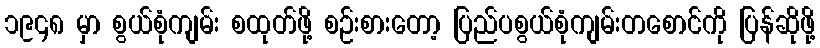
၁၉၄၈ မှာ စွယ်စုံကျမ်း စထုတ်ဖို့ စဉ်းစားတော့ ပြည်ပစွယ်စုံကျမ်းတစောင်ကို ပြန်ဆိုဖို့